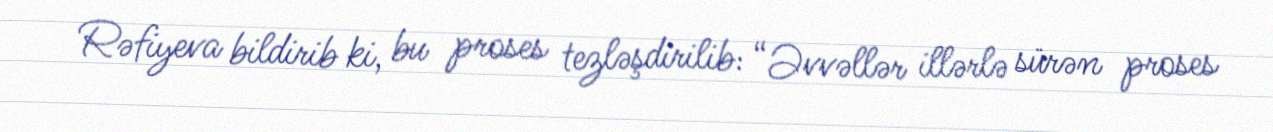
Rəfiyeva bildirib ki, bu proses tezləşdirilib: “Əvvəllər illərlə sürən proses